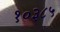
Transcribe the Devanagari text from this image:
१०३८५